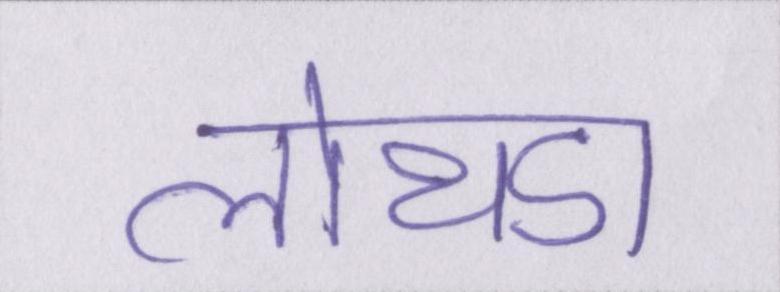
लोथडा